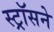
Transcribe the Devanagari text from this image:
स्ट्रॉसने